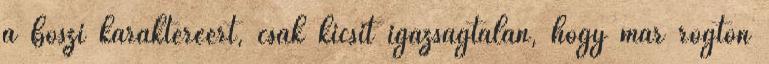
a boszi karakteréért, csak kicsit igazságtalan, hogy már rögtön